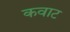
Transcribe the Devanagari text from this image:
कवाट